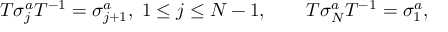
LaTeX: T \sigma _ { j } ^ { a } T ^ { - 1 } = \sigma _ { j + 1 } ^ { a } , \; 1 \le j \le N - 1 , \qquad T \sigma _ { N } ^ { a } T ^ { - 1 } = \sigma _ { 1 } ^ { a } ,